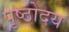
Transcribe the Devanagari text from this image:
पृष्ठोदय